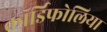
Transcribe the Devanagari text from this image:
कॉर्डिफोलिया